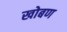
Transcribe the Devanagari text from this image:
खोबण